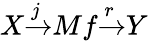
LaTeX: X{\xrightarrow{j}}Mf{\xrightarrow{r}}Y